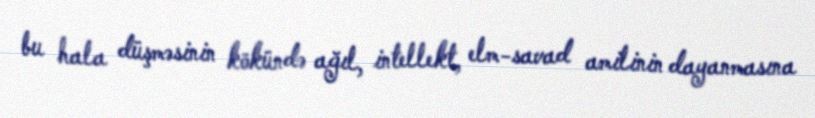
bu hala düşməsinin kökündə ağıl, intellekt, elm-savad amilinin dayanmasına